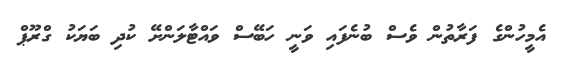
އެމީހުންގެ ފަރާތުން ވެސް ބުނެފައި ވަނީ ހަބޭސް ވައްޓާލަންށޭ ކުދި ބަޔަކު ގްރޫޕް